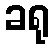
ခရု